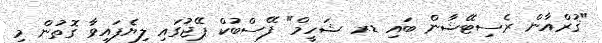
"ޤުރްއާން ރެސިޓޭޝާން ބައި ޑރ ޝަހީމް" ފޭސްބުކް ޕޭޖުގައި ލިޔެފައިވާ ގޮތުން މި